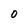
Character: o